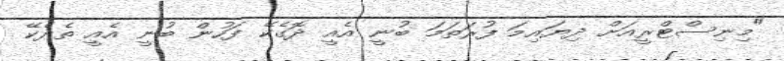
"މިނިސްޓްރީއަށް ދިޔައިމަ ފުރަތަމަ ބުނީ އެއީ ދޮގެކޭ ފަހުން ބުނީ އެއީ ތެދެކޭ